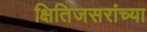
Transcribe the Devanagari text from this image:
क्षितिजसरांच्या